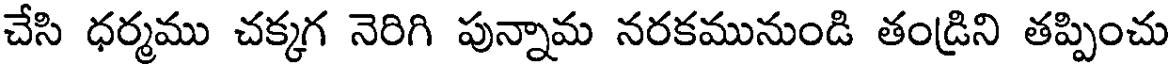
చేసి ధర్మము చక్కగ నెరిగి పున్నామ నరకమునుండి తండ్రిని తప్పించు